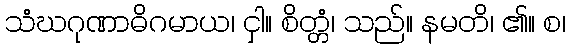
သံဃဂုဏာဓိဂမာယ၊ ငှါ။ စိတ္တံ၊ သည်။ နမတိ၊ ၏။ စ၊